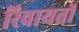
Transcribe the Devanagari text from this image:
रिवायतों